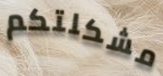
مشكلتكم